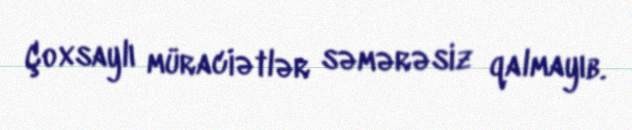
Çoxsaylı müraciətlər səmərəsiz qalmayıb.